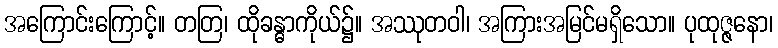
အကြောင်းကြောင့်။ တတြ၊ ထိုခန္ဓာကိုယ်၌။ အဿုတဝါ၊ အကြားအမြင်မရှိသော။ ပုထုဇ္ဇနော၊